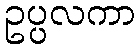
ဥပ္ပလကာ